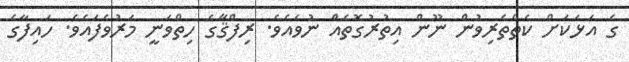
ގެ އަޅަކަށް ކެތްތެރިވުން ނޫން އިތުރުގޮތެއް ނުވެއެވެ. ރިފްޤާގެ ހިތްވަނީ މަރުވެފައެވެ. ހައިފާގެ